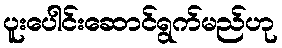
ပူးပေါင်းဆောင်ရွက်မည်ဟု